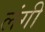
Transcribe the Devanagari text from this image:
लंगी